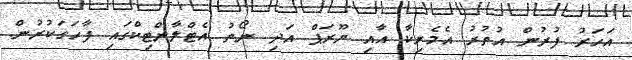
އަހަރު ފުރުން އުތުރު އެމެރިކާ އާއި ޔޫރަޕް އަދި ނޯތު އެޓްލާންޓިކްގައި ފާހަގަކުރުން.